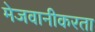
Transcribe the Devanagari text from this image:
मेजवानीकरता